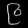
Digit: ၉